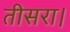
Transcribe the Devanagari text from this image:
तीसरा।